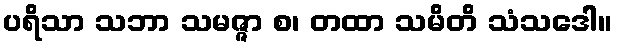
ပရိသာ သဘာ သမဇ္ဇာ စ၊ တထာ သမိတိ သံသဒေါ။